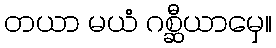
တယာ မယံ ဂစ္ဆီယာမှေ။